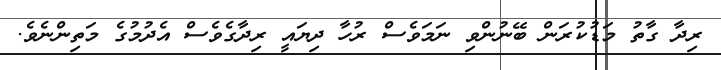
ރިދާ ގާތު މަޑުކުރަން ބޭނުންވި ނަމަވެސް ރުހާ ދިޔައީ ރިދާގެވެސް އެދުމުގެ މަތިންނެވެ.